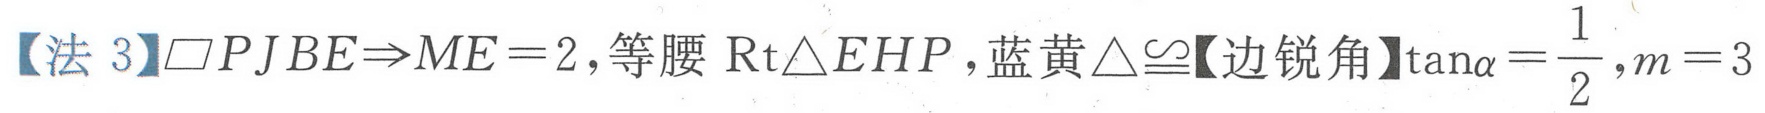
【法 3】\(\square PJBE\Rightarrow ME = 2\)，等腰\(\mathrm{Rt}\triangle EHP\)，蓝黄\(\triangle\cong\)【边锐角】\(\tan\alpha=\frac{1}{2},m = 3\)